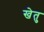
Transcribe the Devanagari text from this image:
खेतु